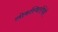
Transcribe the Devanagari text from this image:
लोकस्थितीचेही